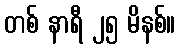
တစ် နာရီ ၂၅ မိနစ်။